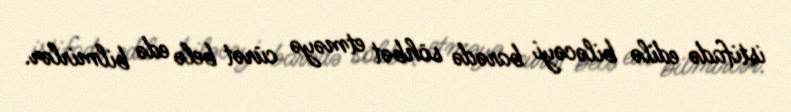
istifadə edilə biləcəyi barədə söhbət etməyə cürət belə edə bilmirlər.